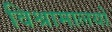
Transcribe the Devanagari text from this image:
विश्रामालयों